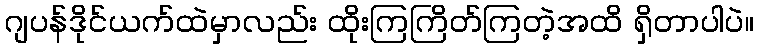
ဂျပန်ဒိုင်ယက်ထဲမှာလည်း ထိုးကြကြိတ်ကြတဲ့အထိ ရှိတာပါပဲ။